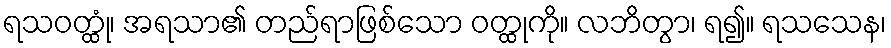
ရသဝတ္ထုံ၊ အရသာ၏ တည်ရာဖြစ်သော ဝတ္ထုကို။ လဘိတွာ၊ ရ၍။ ရသသေန၊